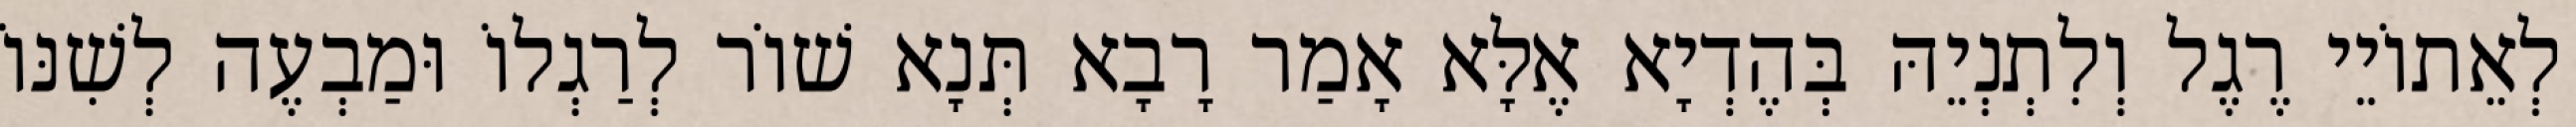
לְאֵתוֹיֵי רֶגֶל וְלִתְנְיֵהּ בְּהֶדְיָא אֶלָּא אָמַר רָבָא תְּנָא שׁוֹר לְרַגְלוֹ וּמַבְעֶה לְשִׁנּוֹ